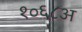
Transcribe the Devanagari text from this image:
१०६८अ